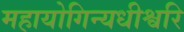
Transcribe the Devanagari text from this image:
महायोगिन्यधीश्वरि